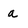
Character: a